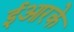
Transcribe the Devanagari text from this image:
ईआरके